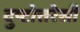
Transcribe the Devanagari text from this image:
दुष्टोत्तरेसी